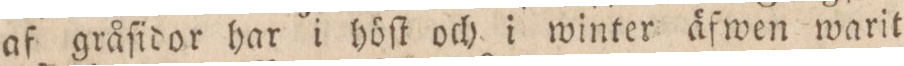
af gråſidor har i höſt och i winter äfwen warit